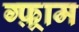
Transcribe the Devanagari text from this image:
ग्फ़्राम